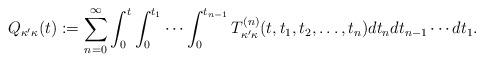
LaTeX: \begin{align*} Q_{\kappa'\kappa}(t) := \sum_{n=0}^\infty \int_0^t\int_0^{t_1}\cdots \int_0^{t_{n-1}} T^{(n)}_{\kappa'\kappa} (t,t_1, t_2 , \dots, t_n) d t_n d t_{n-1} \cdots d t_1.\end{align*}